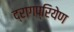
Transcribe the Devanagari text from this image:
द्रागप्रियेण